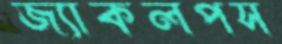
জ্যাকলপস